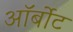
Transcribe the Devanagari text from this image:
ऑर्बोट